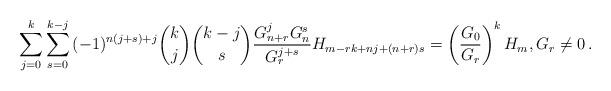
LaTeX: \begin{align*}\sum_{j = 0}^k {\sum_{s = 0}^{k - j} {( - 1)^{n(j + s) + j} \binom kj\binom {k-j}s\frac{{G_{n + r}^j G_n ^s }}{{G_r^{j + s} }}H_{m - rk + nj + (n + r)s} } } = \left( {\frac{{G_0 }}{{G_r }}} \right)^k H_m,G_r\ne 0\,.\end{align*}